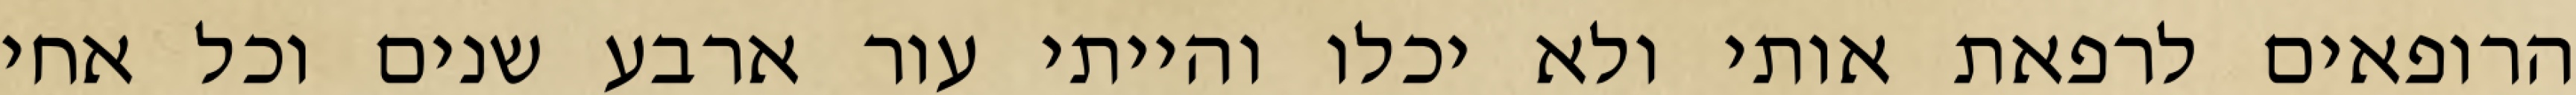
הרופאים לרפאת אותי ולא יכלו והייתי עור ארבע שנים וכל אחי